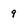
Character: 9